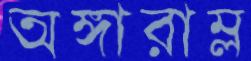
অঙ্গারাম্ল